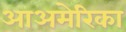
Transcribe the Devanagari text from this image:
आअमेरिका